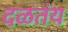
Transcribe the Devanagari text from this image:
दळतंय